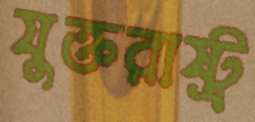
যুক্তরাষ্ট্র